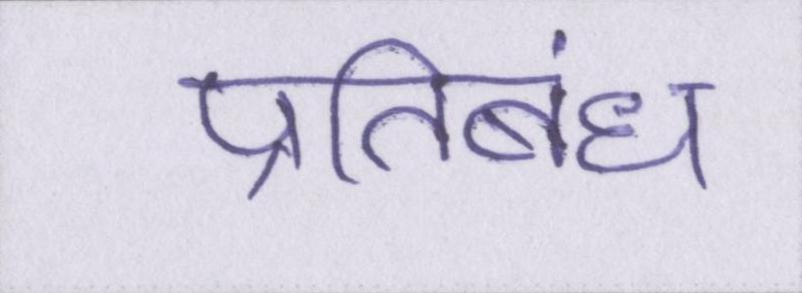
प्रतिबंध